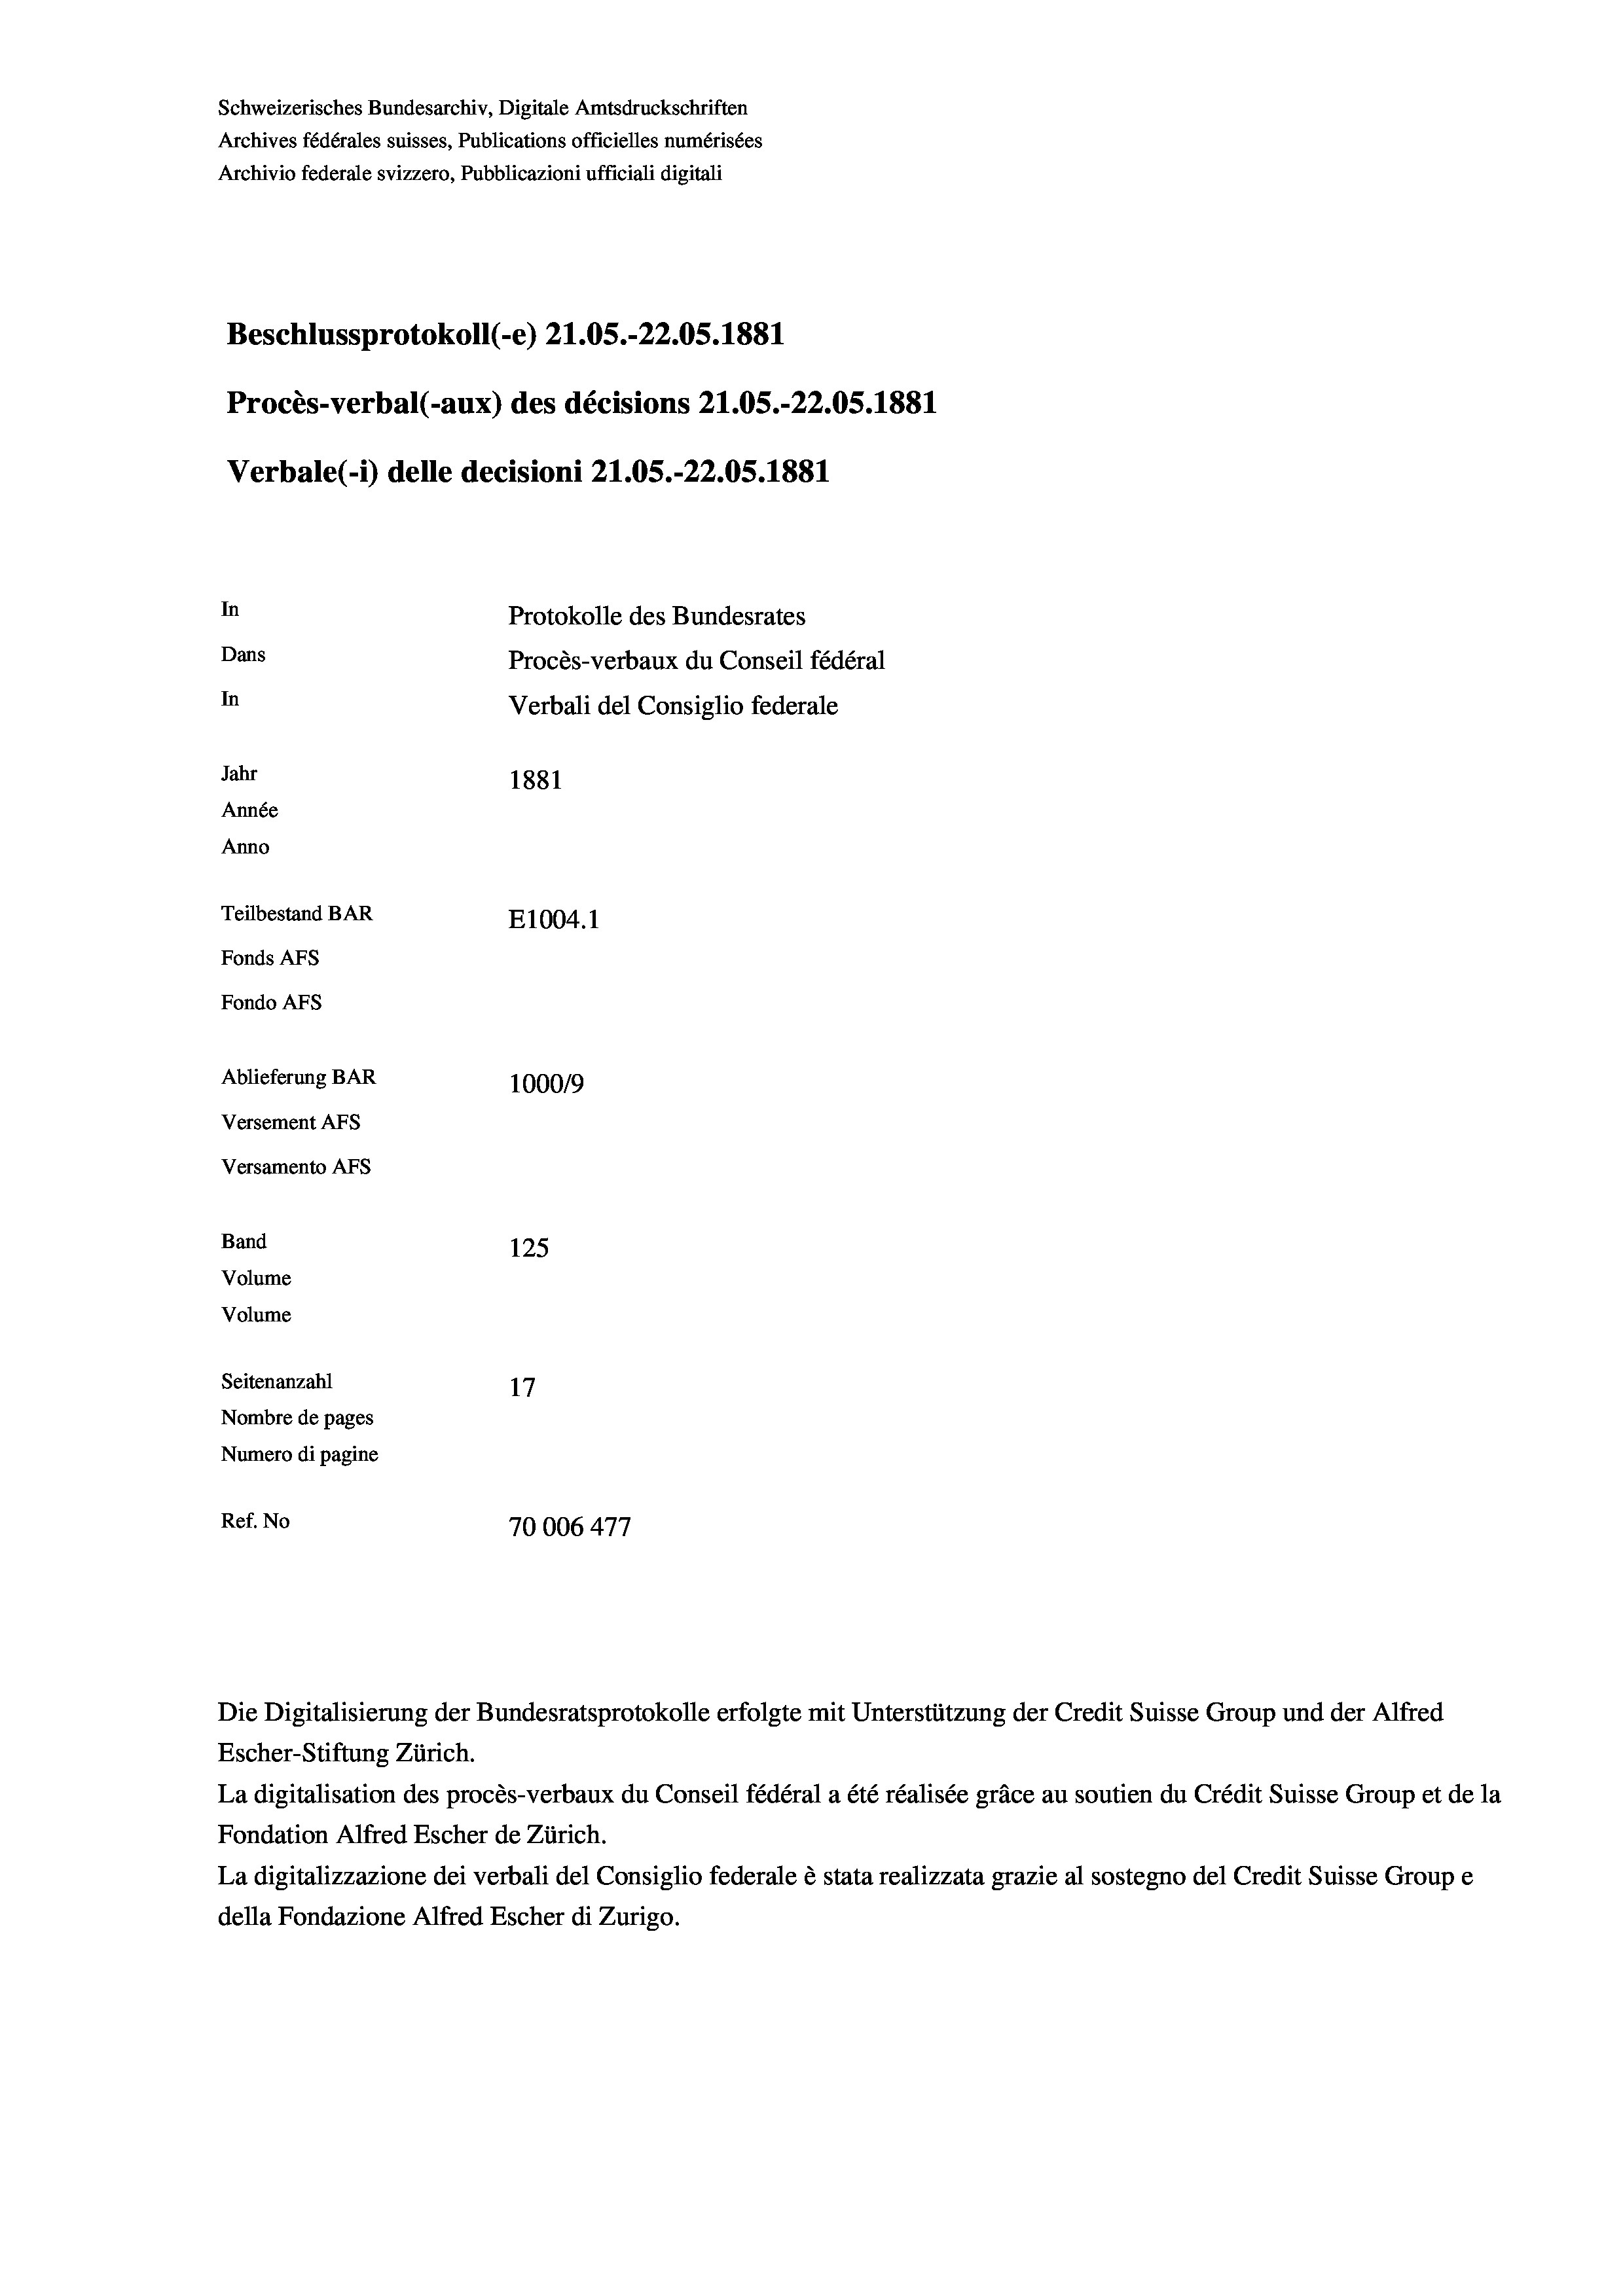
Schweizerisches Bundesarchiv, Digitale Amtsdruckschriften
Archives fédérales suisses, Publications officielles numérisées
Archivio federale svizzero, Pubblicazioni ufficiali digitali
Beschlussprotokoll (-e) 21.05.-22.05. 1881
Procès-verbal (-aux) des décisions 21.05.-22.05. 1881
In
Protokolle des Bundesrates
Dans
Procès-verbaux du Conseil fédéral
In
Verbali del Consiglio federale
Jahr
1881
Année
Anno
Teilbestand BAR
E1004. 1
Fonds AFs
Fondo AFS
Ablieferung BAR
100019
Versement AFs

Verbale(*) delle decisioni 21.05.-22.05. 1881

Band
Volume
Volume
Seitenanzahl
Nombre de pages
Numero di pagine
Ref. No

Versamento Afs

125

17
70006 477

Die Digitalisierung der Bundesratsprotokolle erfolgte mit Unterstützung der Credit Suisse Group und der Alfred
Escher-Stiftung Zürich.
La digitalisation des procès-verbaux du Conseil fédéral a été réalisée gräce au soutien du Crédit Suisse Group et de la
Fondation Alfred Escher de Zürich.
La digitalizzazione dei verbali del Consiglio federale è stata realizzata grazie al sostegno del Credit Suisse Groupe
della Fondazione Alfred Escher di Zurigo.